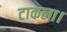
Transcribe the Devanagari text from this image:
टाकला।